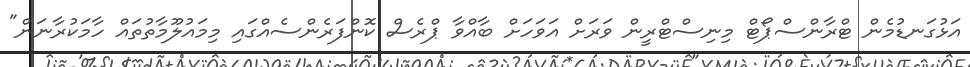
އަޅުގަނޑުމެން ޓްރާންސްޕޯޓް މިނިސްޓްރީން ވަރަށް އަވަހަށް ބާއްވާ ޕްރެސް ކޮންފަރެންސެއްގައި މިމައުލޫމާތުތައް ހާމަކުރާނަން"